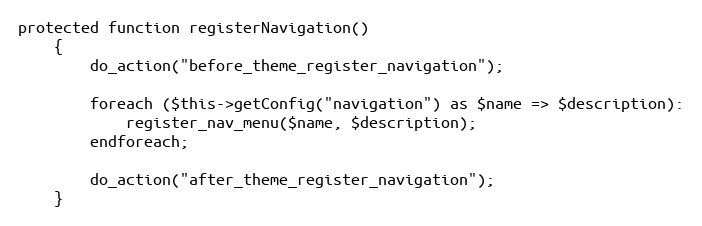
Language: PHP
protected function registerNavigation()
    {
        do_action("before_theme_register_navigation");

        foreach ($this->getConfig("navigation") as $name => $description):
            register_nav_menu($name, $description);
        endforeach;

        do_action("after_theme_register_navigation");
    }